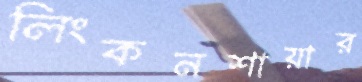
লিংকনশায়ার